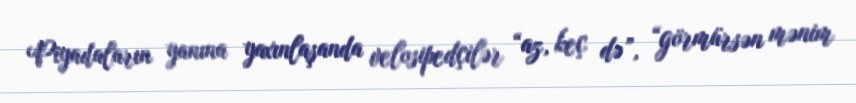
Piyadaların yanına yaxınlaşanda velosipedçilər “az, keç də”, “görmürsən mənim